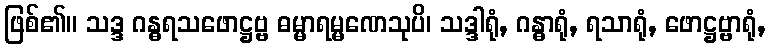
ဖြစ်၏။ သဒ္ဒ ဂန္ဓရသဖောဋ္ဌဗ္ဗ ဓမ္မာရမ္မဏေသုပိ၊ သဒ္ဒါရုံ, ဂန္ဓာရုံ, ရသာရုံ, ဖောဋ္ဌဗ္ဗာရုံ,